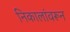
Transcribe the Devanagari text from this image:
निकालांवरून